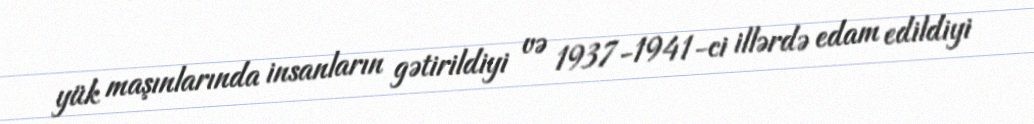
yük maşınlarında insanların gətirildiyi və 1937-1941-ci illərdə edam edildiyi